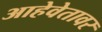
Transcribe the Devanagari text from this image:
आहेवेतावर